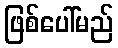
ဖြစ်ပေါ်မည်